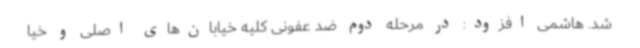
شد. هاشمی افزود: در مرحله دوم ضد عفونی کلیه خیابان‌های اصلی و خیا